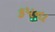
કપના